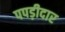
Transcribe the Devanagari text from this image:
पपड़ीदार